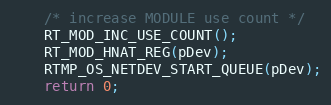
Language: C
	/* increase MODULE use count */
	RT_MOD_INC_USE_COUNT();
	RT_MOD_HNAT_REG(pDev);
	RTMP_OS_NETDEV_START_QUEUE(pDev);
	return 0;